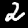
Digit: 2